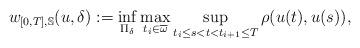
LaTeX: \begin{align*}w_{[0,T],\mathbb{S}}(u,\delta):=\inf_{\Pi_\delta}\max_{t_i\in\overline{\omega}}\sup_{t_i\leq s<t<t_{i+1}\leq T}\rho(u(t),u(s)),\end{align*}